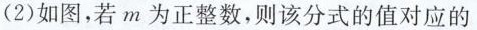
(2)如图，若m为正整数，则该分式的值对应的